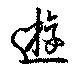
遊